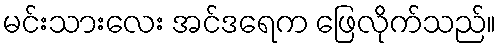
မင်းသားလေး အင်ဒရေက ဖြေလိုက်သည်။